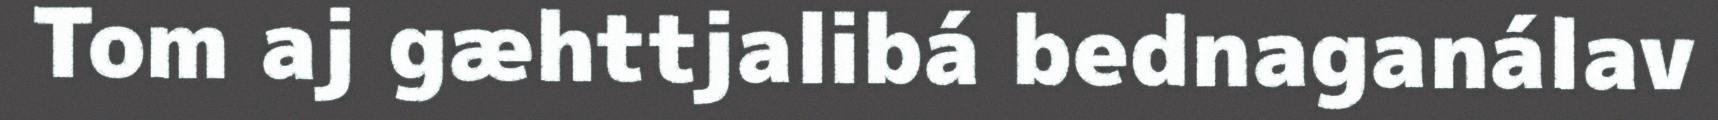
Tom aj gæhttjalibá bednaganálav